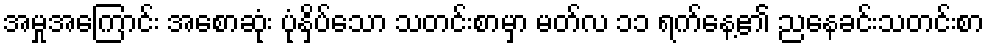
အမှုအကြောင်း အစောဆုံး ပုံနှိပ်သော သတင်းစာမှာ မတ်လ ၁၁ ရက်နေ့၏ ညနေခင်းသတင်းစာ